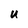
Character: u